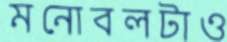
মনোবলটাও